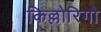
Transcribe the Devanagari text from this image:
किल्लोरिगो